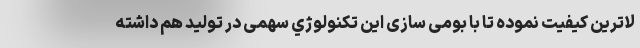
لاترین کیفیت نموده تا با بومی سازی این تکنولوژي سهمی در تولید هم داشته